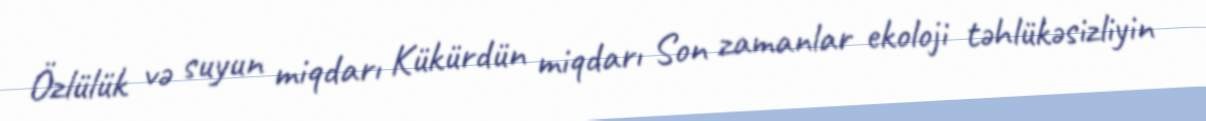
Özlülük və suyun miqdarı Kükürdün miqdarı Son zamanlar ekoloji təhlükəsizliyin